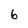
Character: 6